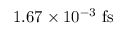
1 . 6 7 \times 1 0 ^ { - 3 } ~ \mathrm { f s }